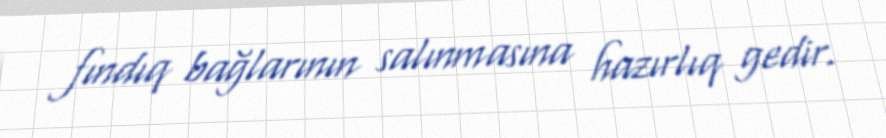
fındıq bağlarının salınmasına hazırlıq gedir.